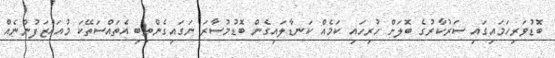
ބޮޑުވަރިހަމައިގައި ސަރުކާރުގެ ބޮލަށް ހުރިހައި ކަމެއް ކަނޑާލައިގެން ބޮޑުމުސާރަ ނަގައިގެންތިބި އެތައްސަތޭކަ މުއައްޒަފުންނެއް